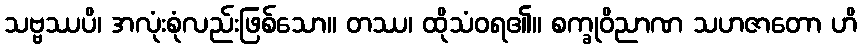
သဗ္ဗဿပိ၊ အလုံးစုံလည်းဖြစ်သော။ တဿ၊ ထိုသံဝရ၏။ စက္ခုဝိညာဏ သဟဇာတော ဟိ